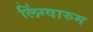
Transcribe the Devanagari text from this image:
लिंग्वारुम